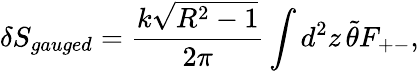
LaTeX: \delta S_{gauged}=\frac{k\sqrt{R^{2}-1}}{2\pi}\int d^{2}z\, \tilde{\theta}F_{+-},